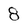
Character: 8